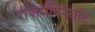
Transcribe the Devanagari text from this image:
राजमंदिरघाट